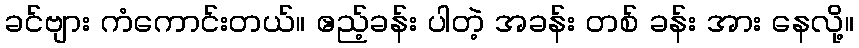
ခင်ဗျား ကံကောင်းတယ်။ ဧည့်ခန်း ပါတဲ့ အခန်း တစ် ခန်း အား နေလို့။